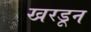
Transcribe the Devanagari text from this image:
खरडून